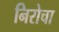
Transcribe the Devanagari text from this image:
निरोचा